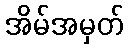
အိမ်အမှတ်